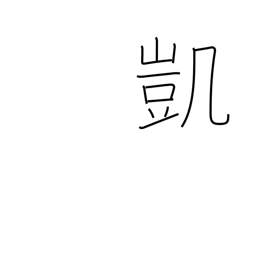
Meaning: victory song